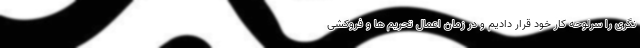
نگری را سرلوحه کار خود قرار دادیم و در زمان اعمال تحریم ها و فروکشی